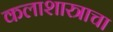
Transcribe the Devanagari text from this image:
कलाशास्त्राचा